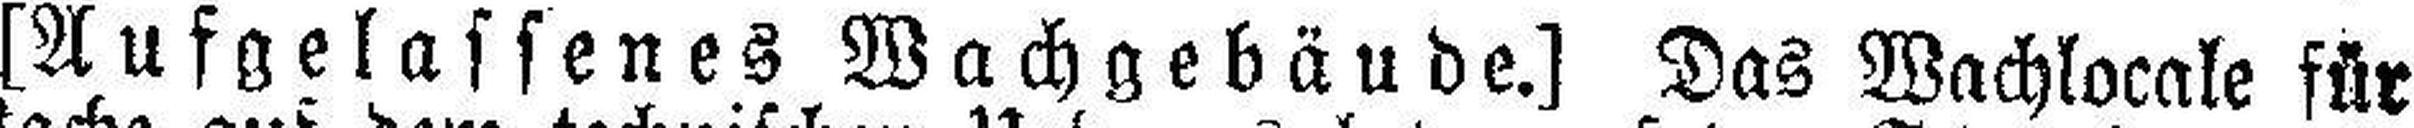
[Aufgelassenes Wachgebäude.] Das Wachlocale für